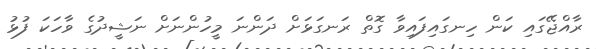
ރާއްޖޭގައި ކަން ހިނގައިފައިވާ ގޮތް ރަނގަޅަށް ދަންނަ މީހުންނަށް ނަޝީދުގެ ވާހަކަ ފުޅު